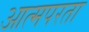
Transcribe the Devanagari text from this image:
आत्मपरता